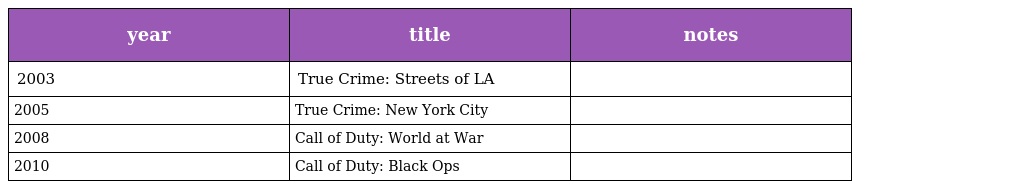
| year | title | notes |
 | --- | --- | --- |
 | 2003 | True Crime: Streets of LA |  |
 | 2005 | True Crime: New York City |  |
 | 2008 | Call of Duty: World at War |  |
 | 2010 | Call of Duty: Black Ops |  |